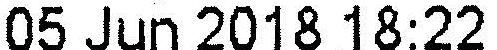
05 JUN 2018 18:22